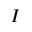
I